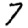
Digit: 7